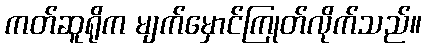
ကတ်ဆူရိုက မျက်မှောင်ကြုတ်လိုက်သည်။